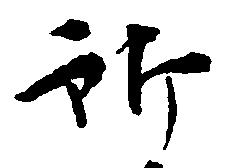
所